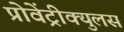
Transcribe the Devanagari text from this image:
प्रोवेंट्रीक्युलस